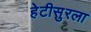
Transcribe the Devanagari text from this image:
हेटीसुरला